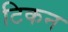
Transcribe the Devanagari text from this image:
टिकन